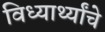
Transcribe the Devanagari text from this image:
विध्यार्थ्यांचे